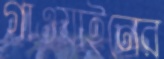
গাওয়াইনের